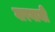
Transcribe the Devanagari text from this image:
गारगानी